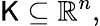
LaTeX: \mathsf{K}\subseteq\mathbb{{R}}^{n},